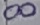
Text: 8